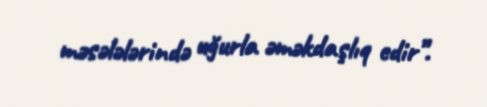
məsələlərində uğurla əməkdaşlıq edir”.